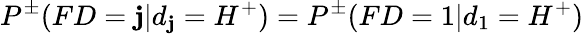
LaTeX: P^{\pm}(FD=\mathbf{j}|d_{\mathbf{j}}=H^{+})=P^{\pm}(FD=1|d_{1}=H^{+})